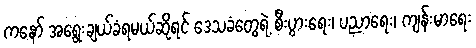
ကနော် အရွေးချယ်ခံရမယ်ဆိုရင် ဒေသခံတွေရဲ့ စီးပွားရေး၊ ပညာရေး၊ ကျန်းမာရေး